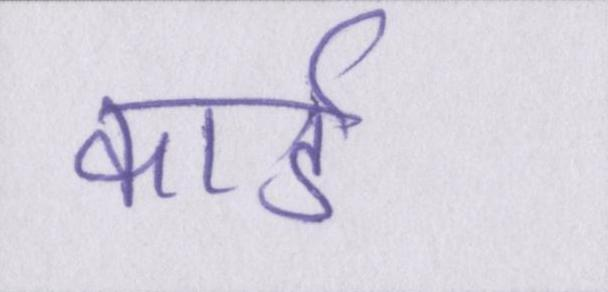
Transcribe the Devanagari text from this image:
कार्ड